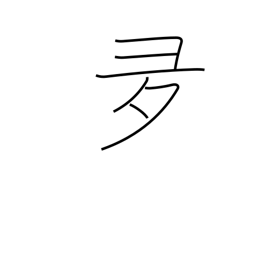
Meaning: over